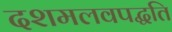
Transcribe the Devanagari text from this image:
दशमलवपद्धति